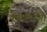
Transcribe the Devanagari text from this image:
कहलायेगी